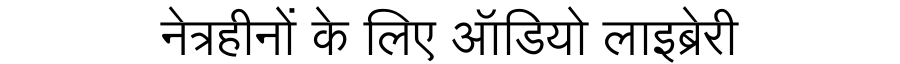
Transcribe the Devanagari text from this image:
नेत्रहीनों के लिए ऑडियो लाइब्रेरी